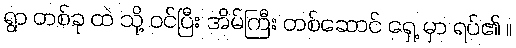
ရွာ တစ်ခု ထဲ သို့ ဝင်ပြီး အိမ်ကြီး တစ်ဆောင် ရှေ့ မှာ ရပ်၏ ။